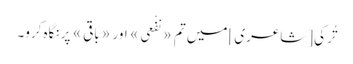
تُرکی [شاعری] میں تم «نفْعی» اور «باقی» پر نگاہ کرو۔